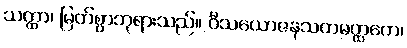
သတ္ထာ၊ မြတ်စွာဘုရားသည်။ ဝီသယောဇနသတမတ္ထကေ၊